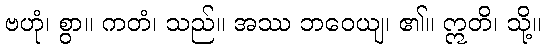
ဗဟုံ၊ စွာ။ ကတံ၊ သည်။ အဿ ဘဝေယျ၊ ၏။ ဣတိ၊ သို့။